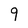
Character: 9